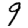
Digit: 9